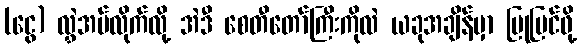
(ငွေ) လွှဲအပ်လိုက်လို့ အဲဒီ စေတီတော်ကြီးကိုလဲ ယခုအချိန်မှာ ပြုပြင်ဖို့